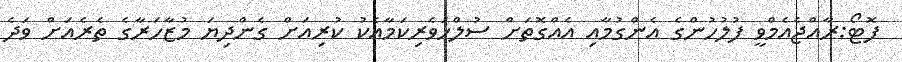
ފޮޓޯ:ރާއްޖެއެމްވީ ފުލުހުންގެ އެންގުމާއި އެއްގޮތަށް ސުލްހަވެރިކަމާއެކު ކުރިއަށް ގެންދިޔަ މުޒާހަރާގެ ތެރެއަށް ވަދެ